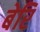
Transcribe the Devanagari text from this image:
बेरि